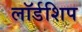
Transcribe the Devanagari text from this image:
लॉर्डशिप